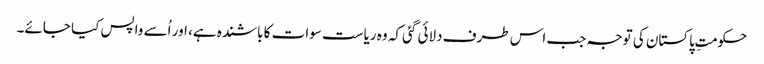
حکومتِ پاکستان کی توجہ جب اس طرف دلائی گئی کہ وہ ریاست سوات کا باشندہ ہے، اور اُسے واپس کیا جائے۔